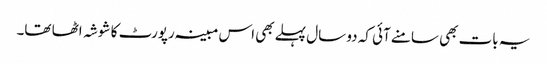
یہ بات بھی سامنے آئی کہ دو سال پہلے بھی اس مبینہ رپورٹ کا شوشہ اٹھا تھا۔